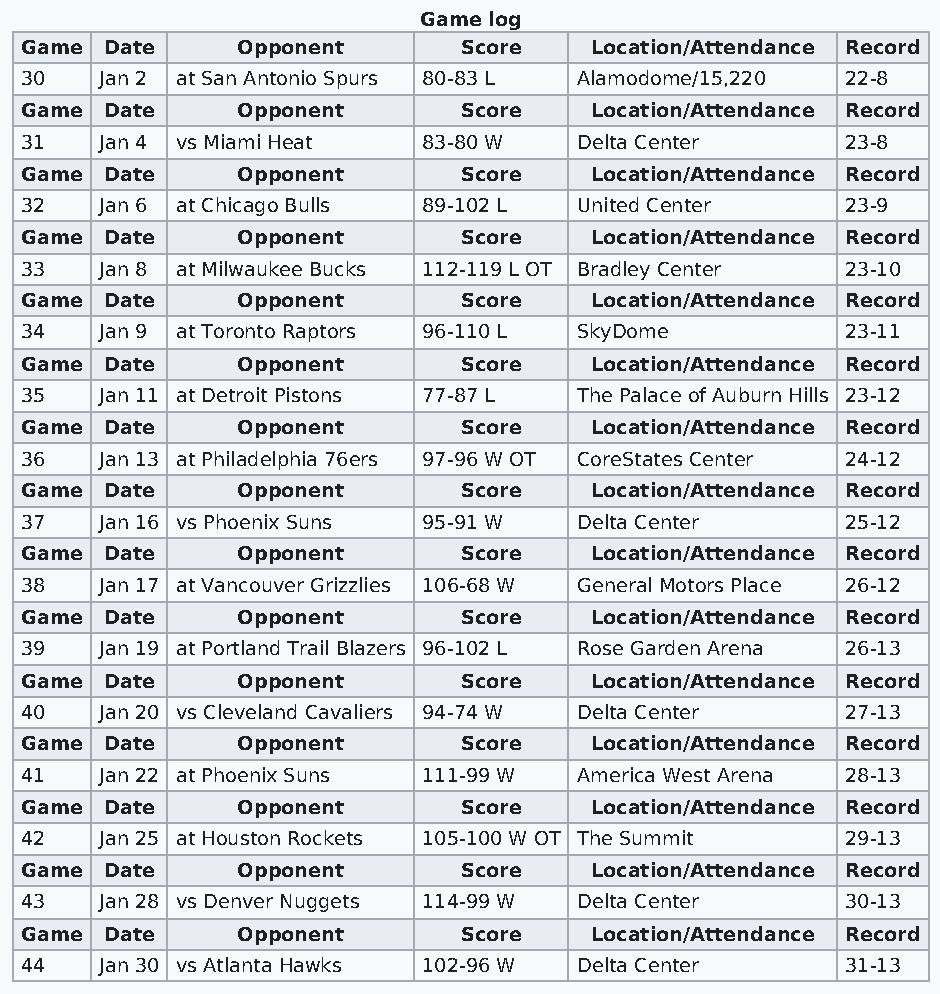
Game log
 Game  Date     Opponent      Score    Location/Attendance Record
 30    Jan 2 at San Antonio Spurs 80-83 L Alamodome/15,220 22-8
 Game  Date     Opponent      Score    Location/Attendance Record
 31    Jan 4 vs Miami Heat  83-80 W   Delta Center      23-8
 Game  Date     Opponent      Score    Location/Attendance Record
 32    Jan 6 at Chicago Bulls 89-102 L United Center    23-9
 Game  Date     Opponent      Score    Location/Attendance Record
 33    Jan 8 at Milwaukee Bucks 112-119 L OT Bradley Center 23-10
 Game  Date     Opponent      Score    Location/Attendance Record
 34    Jan 9 at Toronto Raptors 96-110 L SkyDome        23-11
 Game  Date     Opponent      Score    Location/Attendance Record
 35    Jan 11 at Detroit Pistons 77-87 L The Palace of Auburn Hills 23-12
 Game  Date     Opponent      Score    Location/Attendance Record
 36    Jan 13 at Philadelphia 76ers 97-96 W OT CoreStates Center 24-12
 Game  Date     Opponent      Score    Location/Attendance Record
 37    Jan 16 vs Phoenix Suns 95-91 W Delta Center      25-12
 Game  Date     Opponent      Score    Location/Attendance Record
 38    Jan 17 at Vancouver Grizzlies 106-68 W General Motors Place 26-12
 Game  Date     Opponent      Score    Location/Attendance Record
 39    Jan 19 at Portland Trail Blazers 96-102 L Rose Garden Arena 26-13
 Game  Date     Opponent      Score    Location/Attendance Record
 40    Jan 20 vs Cleveland Cavaliers 94-74 W Delta Center 27-13
 Game  Date     Opponent      Score    Location/Attendance Record
 41    Jan 22 at Phoenix Suns 111-99 W America West Arena 28-13
 Game  Date     Opponent      Score    Location/Attendance Record
 42    Jan 25 at Houston Rockets 105-100 W OT The Summit 29-13
 Game  Date     Opponent      Score    Location/Attendance Record
 43    Jan 28 vs Denver Nuggets 114-99 W Delta Center   30-13
 Game  Date     Opponent      Score    Location/Attendance Record
 44    Jan 30 vs Atlanta Hawks 102-96 W Delta Center    31-13